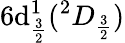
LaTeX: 6\mathrm{d}_{\frac{{3}}{{2}}}^{1}(^{2}D_{\frac{{3}}{{2}}})